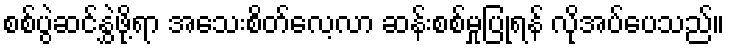
စစ်ပွဲဆင်နွှဲဖို့ရာ အသေးစိတ်လေ့လာ ဆန်းစစ်မှုပြုရန် လိုအပ်ပေသည်။